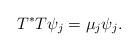
LaTeX: \begin{align*}T^\ast T\psi_j=\mu_j \psi_j.\end{align*}